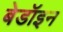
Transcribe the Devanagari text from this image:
बेडॉइन